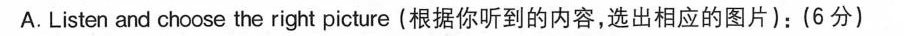
A. Listen and choose the right picture (根据你听到的内容,选出相应的图片):(6 分)